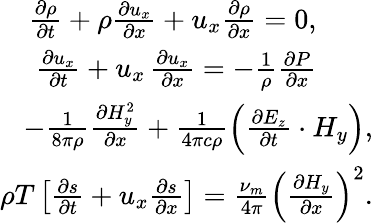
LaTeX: \begin{array}{r}{\frac{\partial\rho}{\partial t}+\rho\frac{\partial{u_{x}}}{\partial x}+u_{x}\frac{\partial{\rho}}{\partial x}=0,\qquad}\\ {\frac{\partial{u_{x}}}{\partial t}+u_{x}\, \frac{\partial{u_{x}}}{\partial x}=-\frac{1}{\rho}\frac{\partial{P}}{\partial x}\qquad}\\ {-\frac{1}{8\pi\rho}\frac{\partial{H_{y}^{2}}}{\partial x}+\frac{1}{4\pi c\rho}\left(\frac{\partial{E_{z}}}{\partial t}\cdot H_{y}\right),}\\ {\rho T\left[\frac{\partial{s}}{\partial t}+u_{x}\frac{\partial{s}}{\partial x}\right]=\frac{\nu_{m}}{4\pi}\left(\frac{\partial{H_{y}}}{\partial x}\right)^{2}.}\end{array}